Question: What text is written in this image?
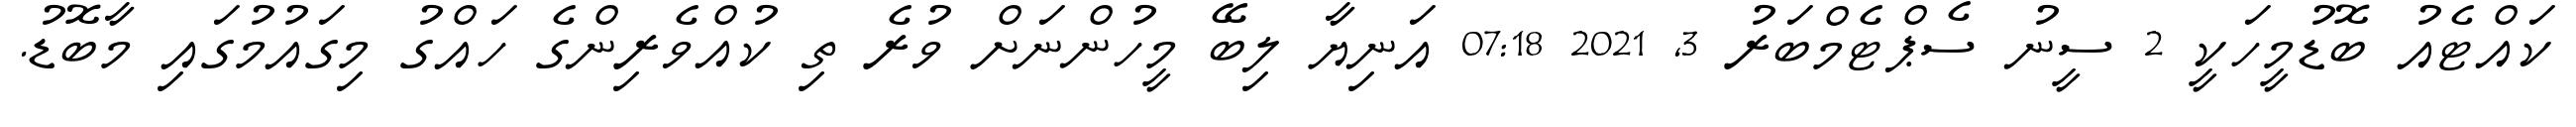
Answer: ކައްޓެއު ބޮޑުމީހަކީ 2 ސީނު ސެޕްޓެމްބަރު 3, 2021 07:18 އަނިޔާ ލިބޭ މީހުންނަށް ވުރެ ތި ކުއްވެރިންގެ ހައްގު މިގައުމުގައި މާބޮޑު.